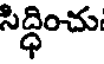
సిద్ధించు